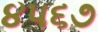
૪૫૬૭